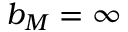
b _ { M } = \infty